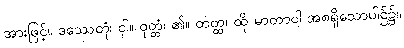
အားဖြင့်။ ဒဿေတုံ၊ ငှါ။ ဝုတ္တံ၊ ၏။ တတ္ထ၊ ထို မာတာဝါ အစရှိသောပါဌ်၌။